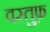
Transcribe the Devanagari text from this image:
वस्तुफ़